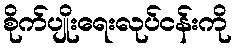
စိုက်ပျိုးရေးလုပ်ငန်းကို